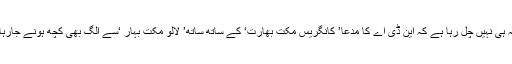
یہ پتہ ہی نہیں چل رہا ہے کہ این ڈی اے کا مدعا’ کانگریس مکت بھارت‘ کے ساتھ ساتھ’ لالو مکت بہار ‘سے الگ بھی کچھ ہونے جارہا ہے۔